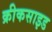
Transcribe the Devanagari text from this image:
क्रीकसाइड